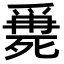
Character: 𣩖